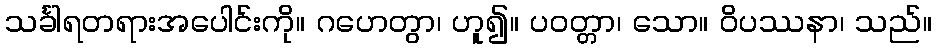
သင်္ခါရတရားအပေါင်းကို။ ဂဟေတွာ၊ ဟူ၍။ ပဝတ္တာ၊ သော။ ဝိပဿနာ၊ သည်။